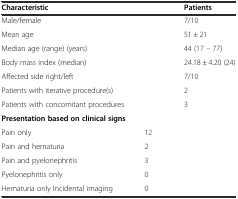
<table><thead><tr><td colspan="2"><b>Characteristic</b></td><td><b>Patients</b></td></tr></thead><tbody><tr><td colspan="2">Male/female</td><td>7/10</td></tr><tr><td colspan="2">Mean age</td><td>51 ± 21</td></tr><tr><td colspan="2">Median age (range) (years)</td><td>44 (17 – 77)</td></tr><tr><td colspan="2">Body mass index (median)</td><td>24.18 ± 4.20 (24)</td></tr><tr><td colspan="2">Affected side right/left</td><td>7/10</td></tr><tr><td colspan="2">Patients with iterative procedure(s)</td><td>2</td></tr><tr><td colspan="2">Patients with concomitant procedures</td><td>3</td></tr><tr><td colspan="2"><b>Presentation based on clinical signs</b></td><td></td></tr><tr><td>Pain only</td><td>12</td><td></td></tr><tr><td>Pain and hematuria</td><td>2</td><td></td></tr><tr><td>Pain and pyelonephritis</td><td>3</td><td></td></tr><tr><td>Pyelonephritis only</td><td>0</td><td></td></tr><tr><td>Hematuria only Incidental imaging</td><td>0</td><td></td></tr></tbody></table>